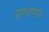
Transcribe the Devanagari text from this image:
समजणारा